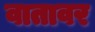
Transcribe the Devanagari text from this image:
वातावर